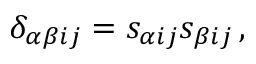
\delta _ { \alpha \beta i j } = s _ { \alpha i j } s _ { \beta i j } \, ,